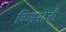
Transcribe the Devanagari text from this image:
किसनोजी